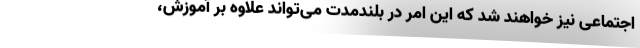
اجتماعی نیز خواهند شد که این امر در بلندمدت می‌تواند علاوه بر آموزش‌،